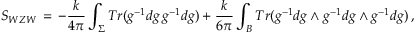
{ \cal S } _ { W Z W } \, = \, - \frac { k } { 4 \pi } \int _ { \Sigma } T r ( g ^ { - 1 } d g \, g ^ { - 1 } d g ) + \frac { k } { 6 \pi } \int _ { B } T r ( g ^ { - 1 } d g \wedge g ^ { - 1 } d g \wedge g ^ { - 1 } d g ) \, ,